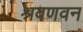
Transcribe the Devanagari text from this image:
श्रवणवन